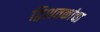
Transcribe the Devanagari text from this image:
द्विशतकांचा